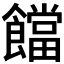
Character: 𩟈